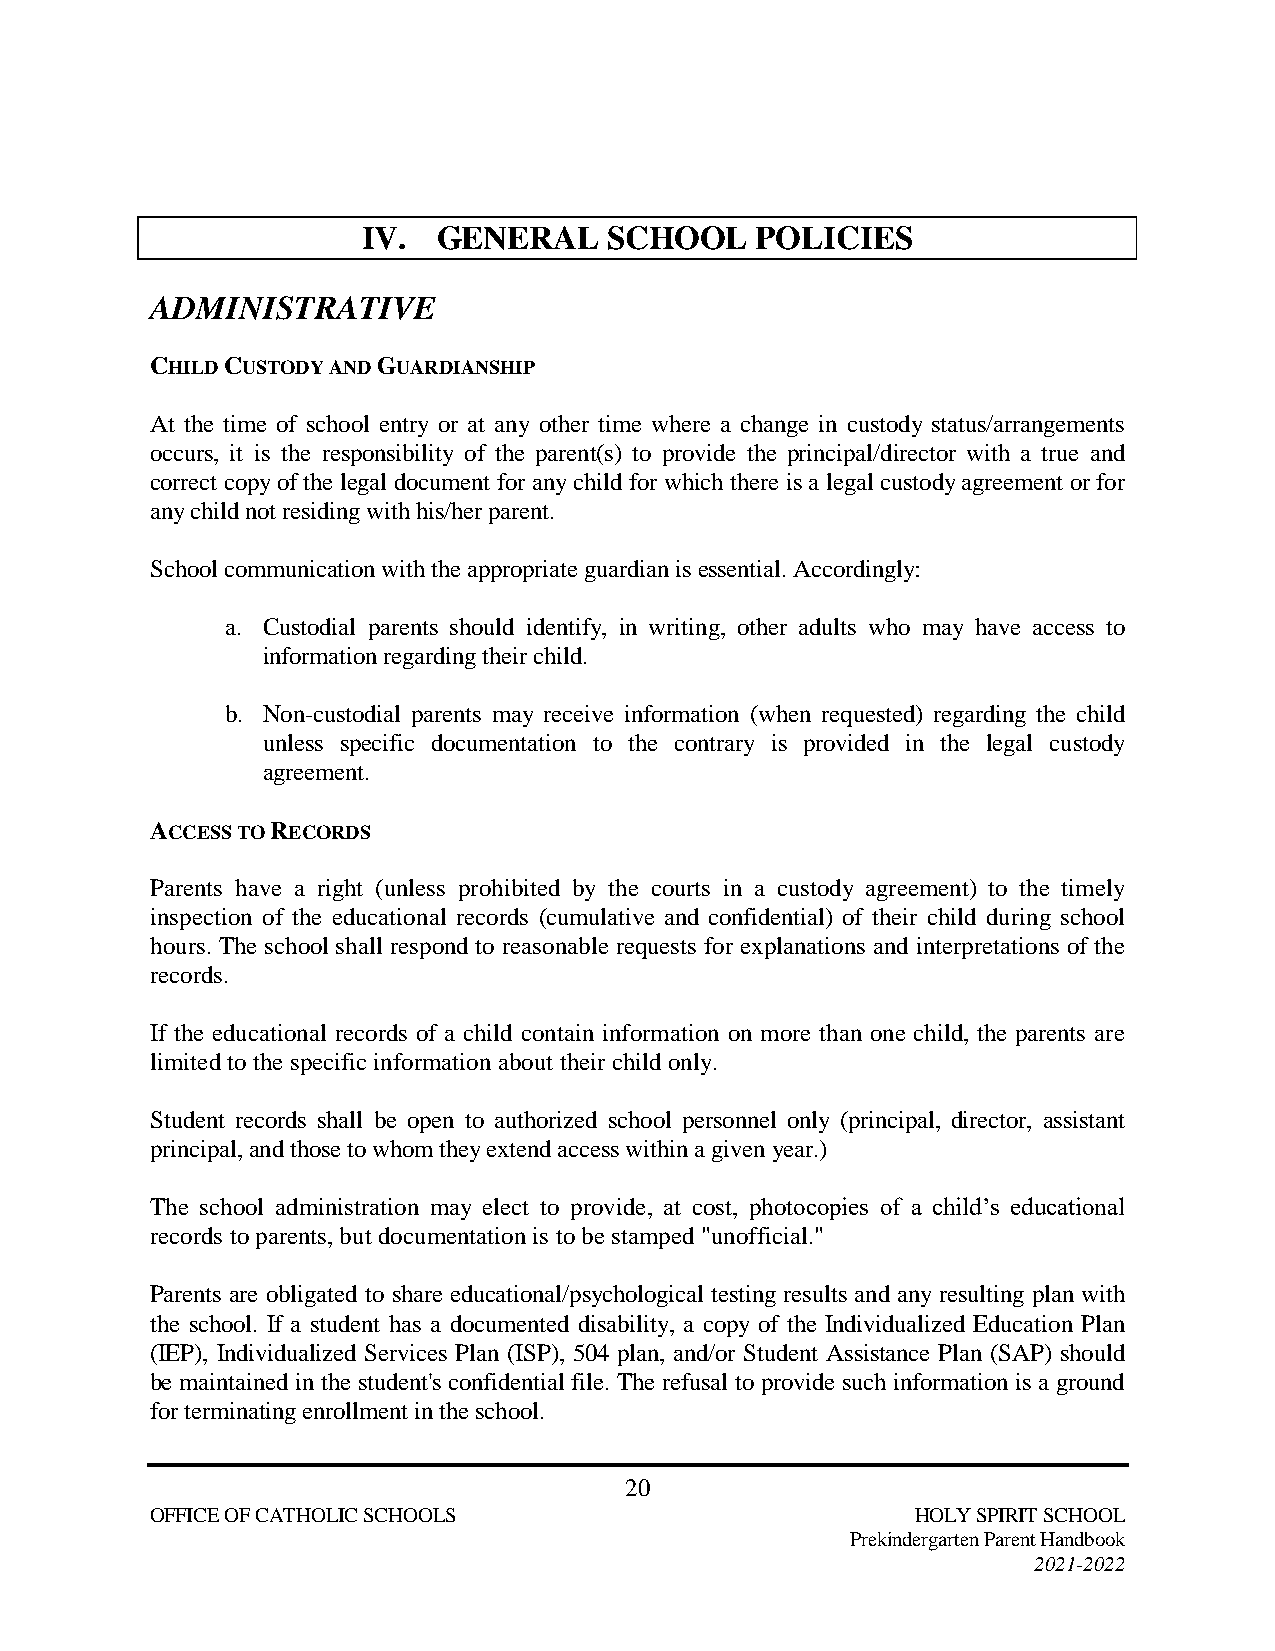
IV.  GENERAL    SCHOOL    POLICIES
 ADMINISTRATIVE
 CHILD CUSTODY AND GUARDIANSHIP
 At the time of school entry or at any other time where a change in custody status/arrangements
 occurs, it is the responsibility of the parent(s) to provide the principal/director with a true and
 correct copy of the legal document for any child for which there is a legal custody agreement or for
 any child not residing with his/her parent.
 School communication with the appropriate guardian is essential. Accordingly:
 a. Custodial parents should identify, in writing, other adults who may have access to
 information regarding their child.
 b. Non-custodial parents may receive information (when requested) regarding the child
 unless specific documentation to the contrary is provided in the legal custody
 agreement.
 ACCESS TO RECORDS
 Parents have a right (unless prohibited by the courts in a custody agreement) to the timely
 inspection of the educational records (cumulative and confidential) of their child during school
 hours. The school shall respond to reasonable requests for explanations and interpretations of the
 records.
 If the educational records of a child contain information on more than one child, the parents are
 limited to the specific information about their child only.
 Student records shall be open to authorized school personnel only (principal, director, assistant
 principal, and those to whom they extend access within a given year.)
 The school administration may elect to provide, at cost, photocopies of a child’s educational
 records to parents, but documentation is to be stamped "unofficial."
 Parents are obligated to share educational/psychological testing results and any resulting plan with
 the school. If a student has a documented disability, a copy of the Individualized Education Plan
 (IEP), Individualized Services Plan (ISP), 504 plan, and/or Student Assistance Plan (SAP) should
 be maintained in the student's confidential file. The refusal to provide such information is a ground
 for terminating enrollment in the school.
 20
 OFFICE OF CATHOLIC SCHOOLS                         HOLY SPIRIT SCHOOL
 Prekindergarten Parent Handbook
 2021-2022